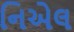
નિએલ